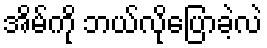
အိမ်ကို ဘယ်လိုပြောခဲ့လဲ